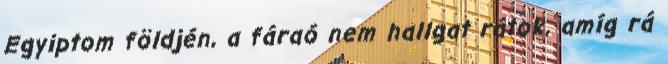
Egyiptom földjén, a fáraó nem hallgat rátok, amíg rá